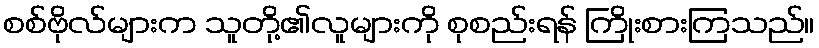
စစ်ဗိုလ်များက သူတို့၏လူများကို စုစည်းရန် ကြိုးစားကြသည်။